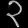
Digit: ၃